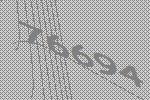
76694